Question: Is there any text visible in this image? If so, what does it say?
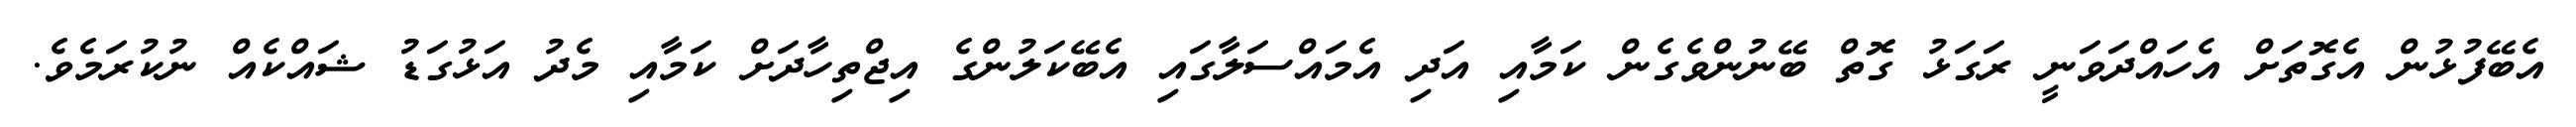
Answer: އެބޭފުޅުން އެގޮތަށް އެހައްދަވަނީ ރަގަޅު ގޮތް ބޭނުންވެގެން ކަމާއި އަދި އެމައްސަލާގައި އެބޭކަލުންގެ އިޖްތިހާދަށް ކަމާއި މެދު އަޅުގަޑު ޝައްކެއް ނުކުރަމެވެ.